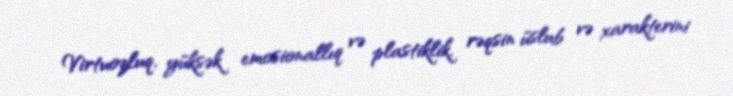
Virtuozluq, yüksək emosionallıq və plastiklik, rəqsin üslub və xarakterini